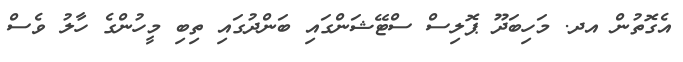
އެގޮތުން އދ. މަހިބަދޫ ޕޮލިސް ސްޓޭޝަންގައި ބަންދުގައި ތިބި މީހުންގެ ހާލު ވެސް